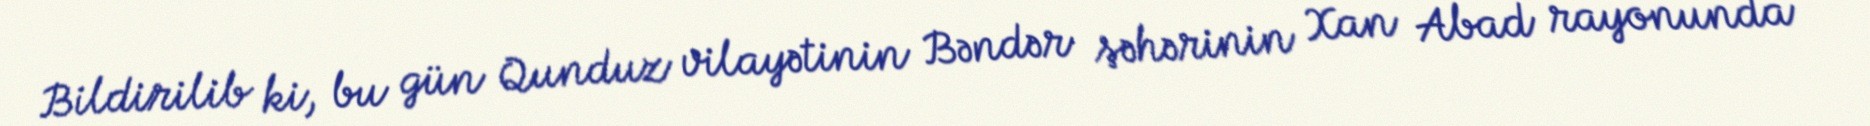
Bildirilib ki, bu gün Qunduz vilayətinin Bəndər şəhərinin Xan Abad rayonunda